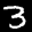
Label: 3